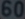
600